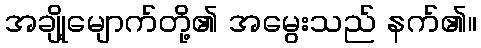
အချို့မျောက်တို့၏ အမွေးသည် နက်၏။